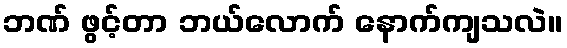
ဘဏ် ဖွင့်တာ ဘယ်လောက် နောက်ကျသလဲ။